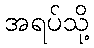
အရပ်သို့